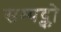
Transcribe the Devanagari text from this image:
सम्पद्को